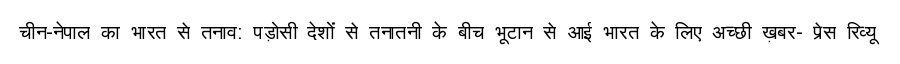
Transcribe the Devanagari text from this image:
चीन-नेपाल का भारत से तनाव: पड़ोसी देशों से तनातनी के बीच भूटान से आई भारत के लिए अच्छी ख़बर- प्रेस रिव्यू